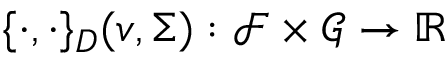
\{ \cdot , \cdot \} _ { D } ( v , \Sigma ) : \mathcal { F } \times \mathcal { G } \to \mathbb { R }